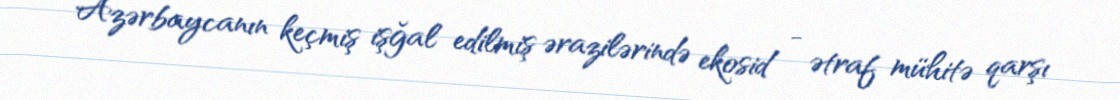
Azərbaycanın keçmiş işğal edilmiş ərazilərində ekosid - ətraf mühitə qarşı